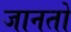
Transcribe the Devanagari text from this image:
जानतो